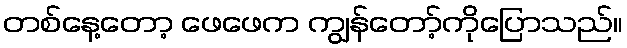
တစ်နေ့တော့ ဖေဖေက ကျွန်တော့်ကိုပြောသည်။